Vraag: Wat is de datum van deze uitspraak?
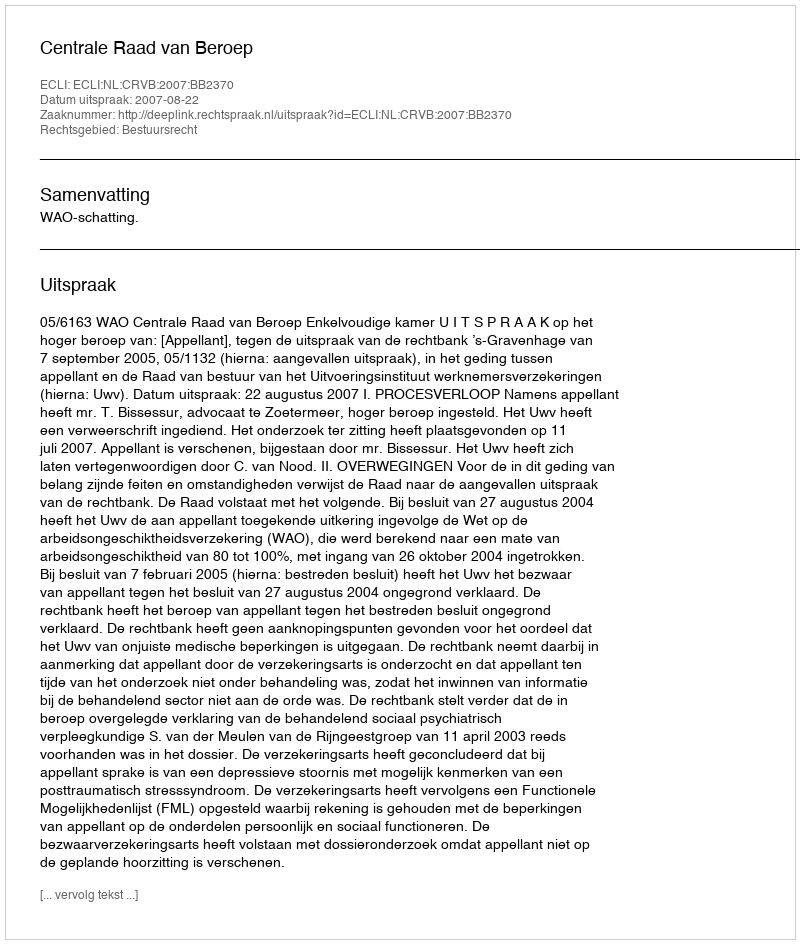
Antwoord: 2007-08-22